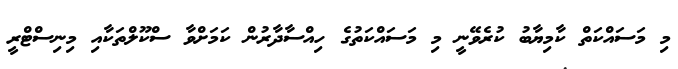
މި މަސައްކަތް ކާމިޔާބު ކުރެވޭނީ މި މަސައްކަތުގެ ހިއްސާދާރުން ކަމަށްވާ ސްކޫލްތަކާއި މިނިސްޓްރީ